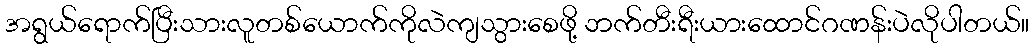
အရွယ်ရောက်ပြီးသားလူတစ်ယောက်ကိုလဲကျသွားစေဖို့ ဘက်တီးရီးယားထောင်ဂဏန်းပဲလိုပါတယ်။